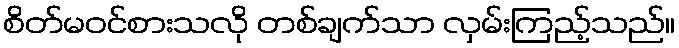
စိတ်မဝင်စားသလို တစ်ချက်သာ လှမ်းကြည့်သည်။